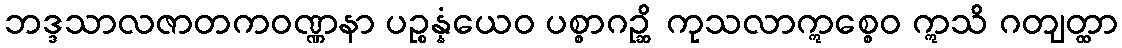
ဘဒ္ဒသာလဇာတကဝဏ္ဏနာ ပဉ္စန္နံယေဝ ပစ္စာဂဉ္ဆိ ကုသလာဣစ္စေဝ ဣသိ ဂတျတ္ထာ